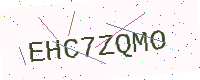
Text: EHC7ZQMO